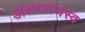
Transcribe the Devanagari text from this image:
डॉलरराजस्व